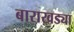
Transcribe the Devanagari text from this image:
बाराखड्या